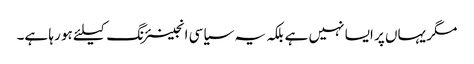
مگر یہاں پر ایسا نہیں ہے بلکہ یہ سیاسی انجینئرنگ کیلئے ہو رہا ہے۔